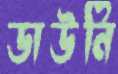
ডাউনি